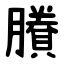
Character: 賸